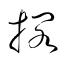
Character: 擱